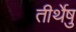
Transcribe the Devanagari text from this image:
तीर्थेषु